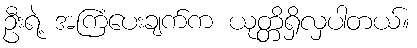
ဦးရဲ့ အကြံပေးချက်က ယုတ္တိရှိလှပါတယ်။